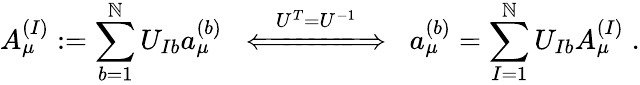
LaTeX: A_{\mu}^{(I)}:=\sum_{b=1}^{\mathbb{N}}U_{Ib}a_{\mu}^{(b)}\; \; \stackrel{U^{T}=U^{-1}}{\Longleftarrow\! \! =\! \! =\! \! =\! \! =\! \! =\! \! \! \Longrightarrow}\; \; a_{\mu}^{(b)}=\sum_{I=1}^{\mathbb{N}}U_{Ib}A_{\mu}^{(I)}\; .